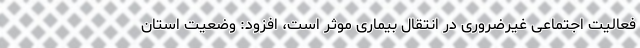
فعالیت اجتماعی غیرضروری در انتقال بیماری موثر است، افزود: وضعیت استان